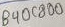
Text: B40C800